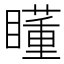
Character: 𥋾